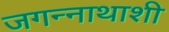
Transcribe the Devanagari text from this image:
जगन्नाथाशी